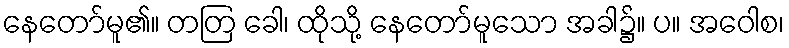
နေတော်မူ၏။ တတြ ခေါ၊ ထိုသို့ နေတော်မူသော အခါ၌။ ပ။ အဝေါစ၊